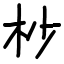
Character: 杪